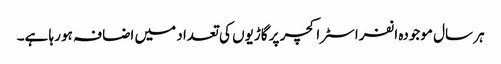
ہر سال موجودہ انفراسٹراکچر پر گاڑیوں کی تعداد میں اضافہ ہو رہا ہے۔